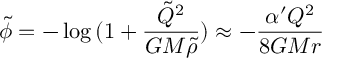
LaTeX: \tilde { \phi } = - \log { ( 1 + \frac { \tilde { Q } ^ { 2 } } { G M \tilde { \rho } } ) } \approx - \frac { \alpha ^ { \prime } Q ^ { 2 } } { 8 G M r }